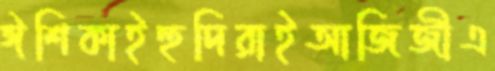
ঈশিকাইহুদিরাইআজিজীএ